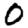
Digit: 0